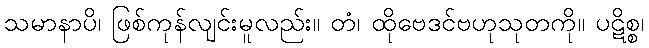
သမာနာပိ၊ ဖြစ်ကုန်လျင်းမူလည်း။ တံ၊ ထိုဗေဒင်ဗဟုသုတကို။ ပဋိစ္စ၊